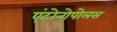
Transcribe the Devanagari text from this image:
एंटोनोपोलस